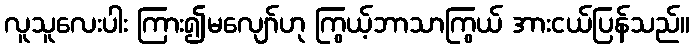
လူသူလေးပါး ကြား၍မလျော်ဟု ကြွယ့်ဘာသာကြွယ် အားငယ်ပြန်သည်။